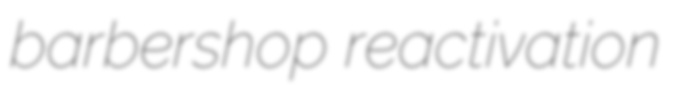
barbershop reactivation